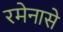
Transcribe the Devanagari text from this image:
रमेनासे